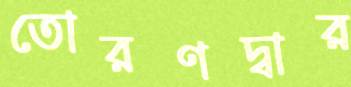
তোরণদ্বার